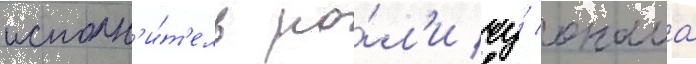
исполн'и́т'ель ро́л'и чу́ онама